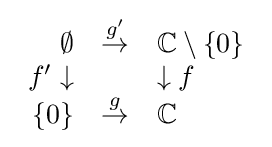
{\begin{array}{rcl}\emptyset &{\stackrel {g'}{\to }}&\mathbb {C} \setminus \{0\}\\f'\downarrow &&\downarrow f\\\{0\}&{\stackrel {g}{\to }}&\mathbb {C} \end{array}}